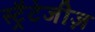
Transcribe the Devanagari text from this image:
स्ट्रैटेजीज़